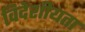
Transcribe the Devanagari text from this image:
विदेशीयता